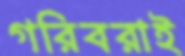
গরিবরাই